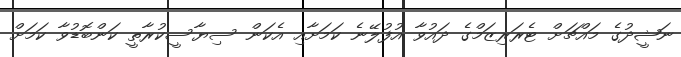
ނަޝީދުގެ މައްޗަށް ޓެރަރިޒަމްގެ ދައުވާ އުފުލޭނެ ކަމަށާއި އެކަން ސިޔާސީކުރާތީ ކަންބޮޑުވާ ކަމަށް